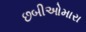
છબીઓમારા